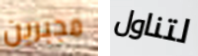
مجبرين لتناول